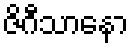
ဇိဂီသာနော